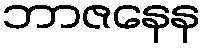
ဘာဇနေန